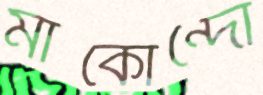
মাকোন্দো